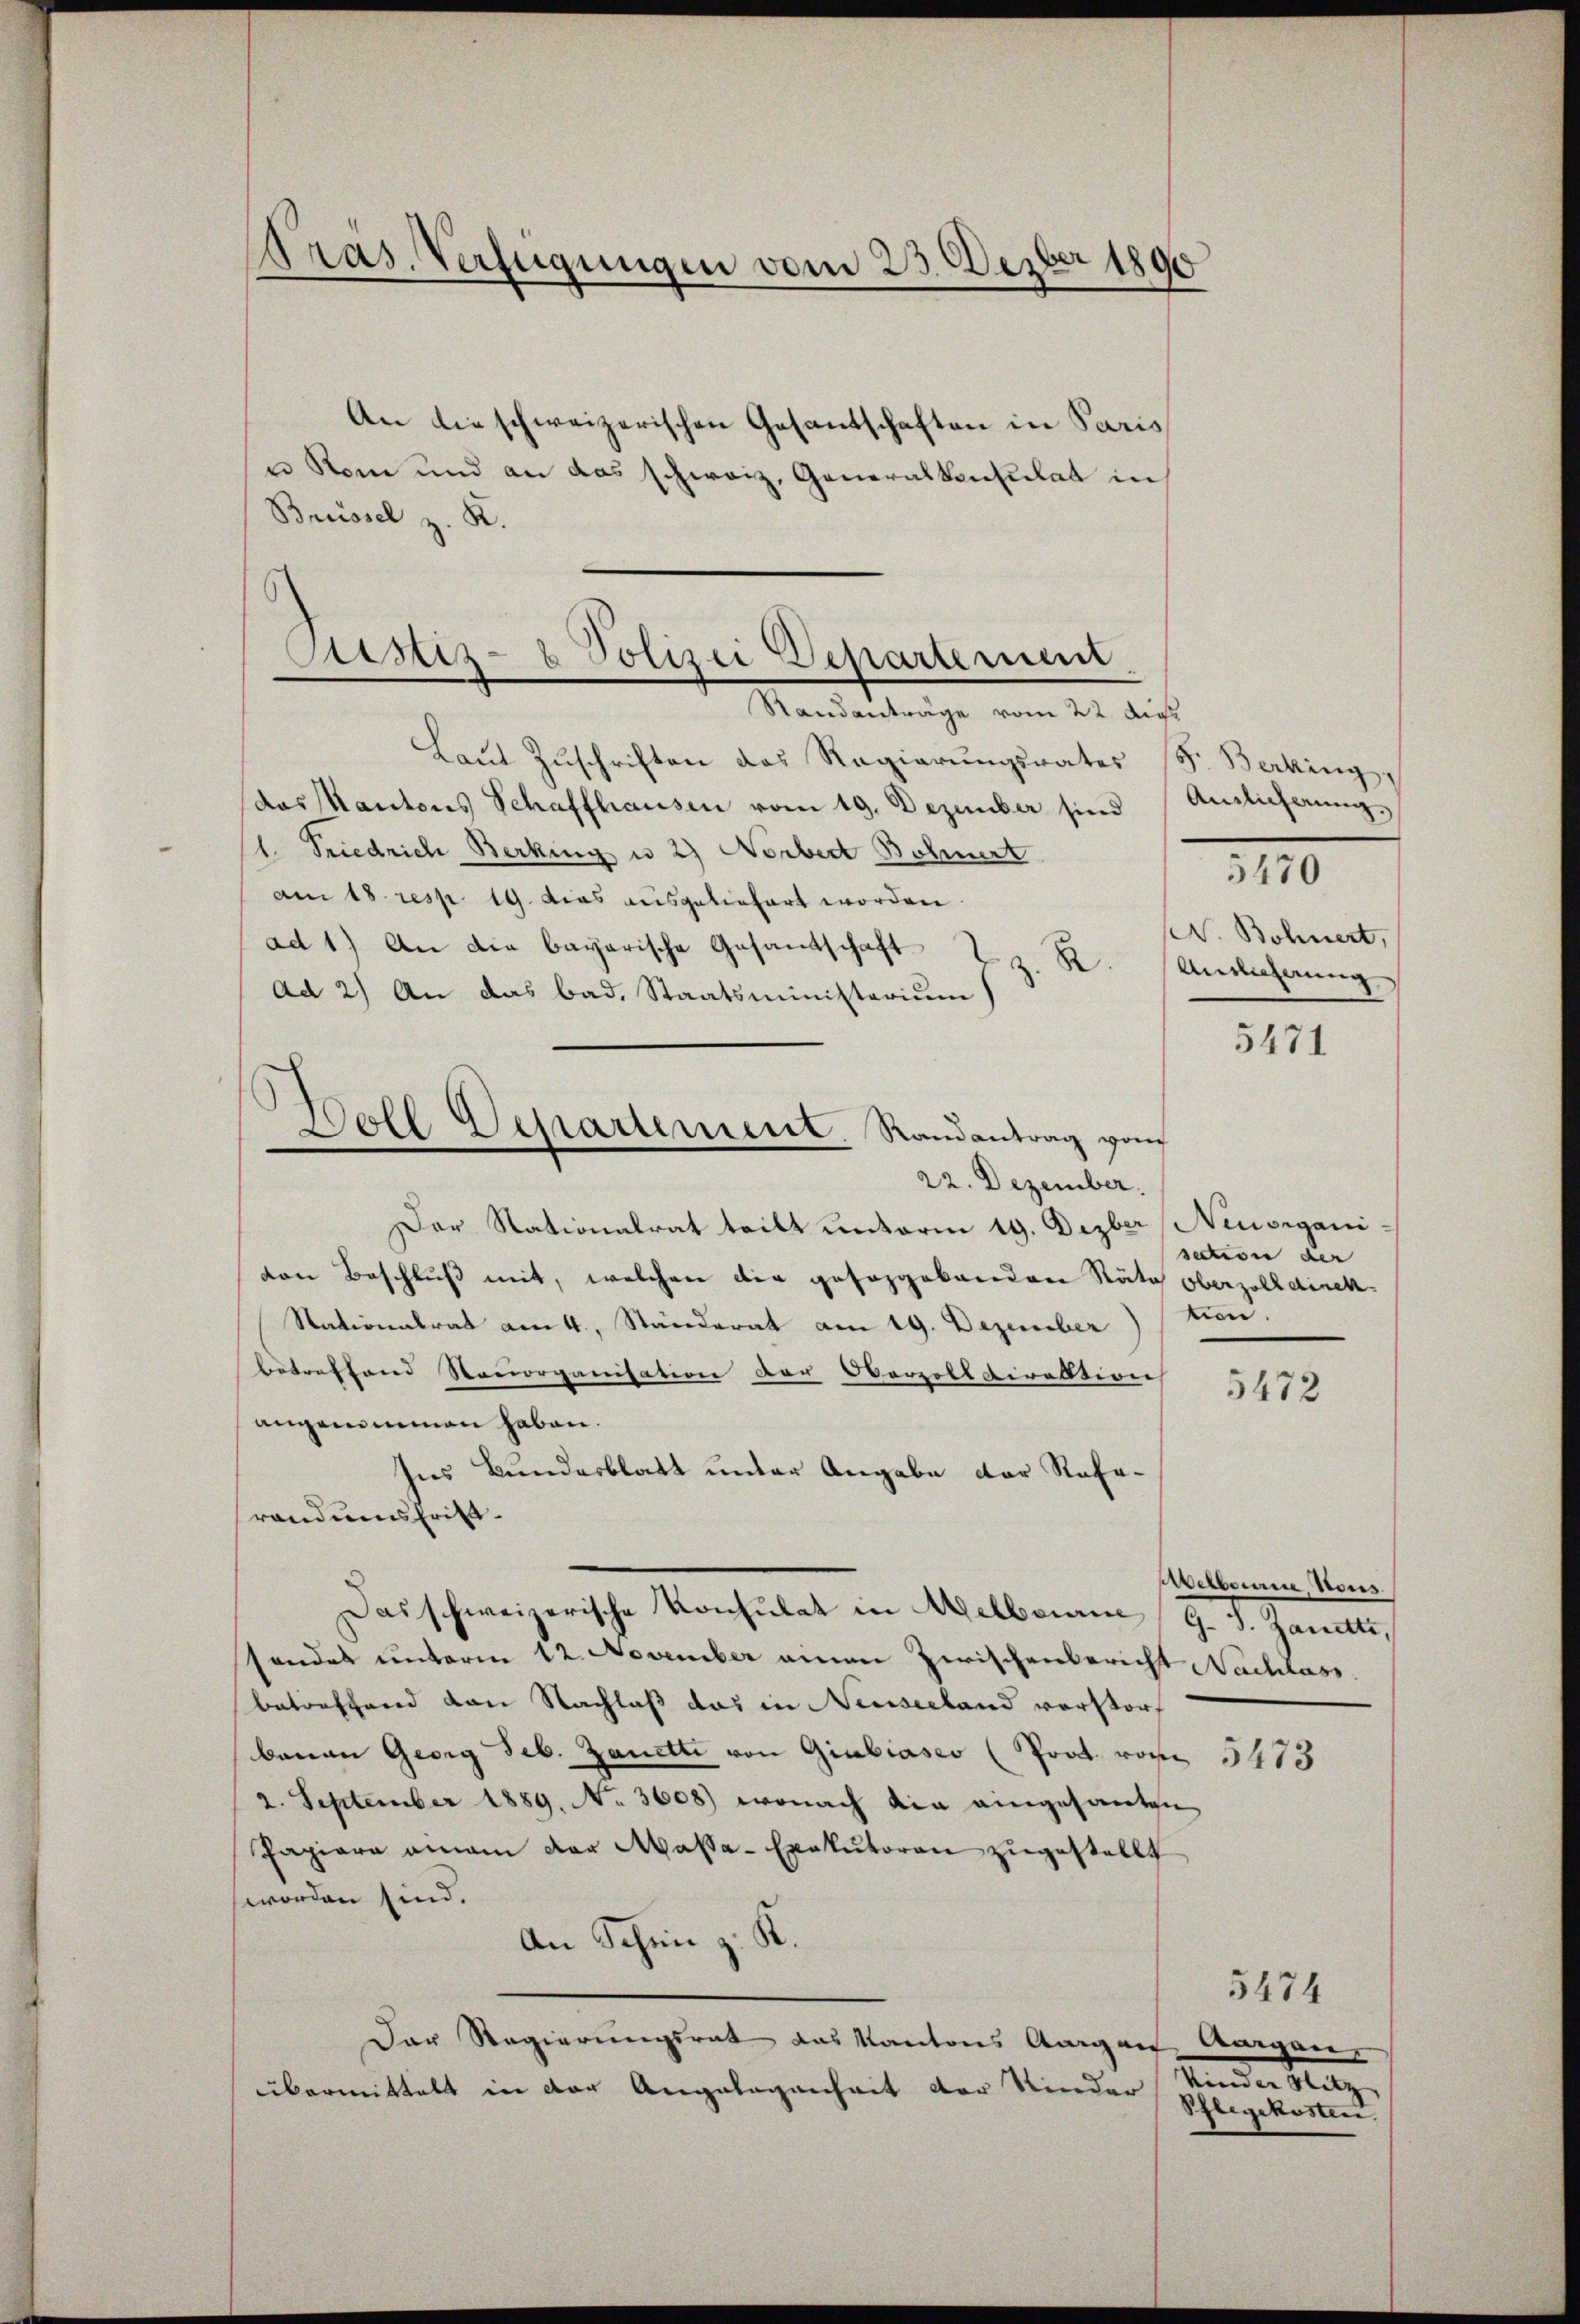
Dras. Verfügungen vom 23. Dezbr 1890

An die schweizerischen Gesantschaften in Paris
n Rom und an das schweiz. Generalkonsulat in
Breissel z. K.

Ptisti- & Polizei Departement.
.
Randanträge vom 22. dies

Doll Dessartement. Randantrag ganz
22. Dezember.

Laŭt Zŭschriften das Regierungsrates F. Berking,
das Kantons Schaffhausen vom 19. Dezember sind
1. Friedrich Berking u. 2) Norbert Bohnert
am 18. resp. 19. dies ausgeliefert worden.
ad 1) An die bayarische Gesantschaft
2.
Ad 2) An das bad. Staatsministerium)
Der Stationalrat teilt unterm 19. Dezber Neuorganivon Beschluß mit, welchen die gesorgebanden Räte oberzolldirek¬
Stationalrat am 4. Ständerat am 19. Dezember
betreffend Stenorganisation der Oerzolldirektion
angenommen haben.
Ins Bundesblatt unter Angabe der Referandumschrift¬
Das schweizerische Konsulat in Melbrian
sondes unterm 12. November einen Zwischenbericht Nachlass
betreffend von Nachlaß das in Neuseeland verstorf
banau Georg Seb. Zanetti von Giubiasco (Prod. von 5413
2. September 1889. No. 3608) wonach die eingesanten
Papiere aman der Massa-Exekutoren zugestellt
worden sind.
An Schen z. K.
Der Regierungsrat das Kantons Aargau gen
übermittelt in der Angelegenheit der Kinder

Ainlicherung
5470
W. Bohnert,
Ansicherung

5471

saction der
tion.

5472

rverbauen Hous
g. S. Zanette,

kinden Satz.
Pflegekosten

5474